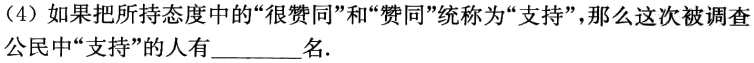
（4）如果把所持态度中的“很赞同”和“赞同”统称为“支持”，那么这次被调查公民中“支持”的人有______名.